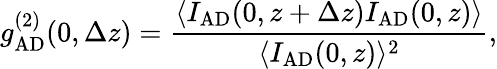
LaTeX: g_{\mathrm{AD}}^{(2)}(0,\Delta z)=\frac{{\langle}I_{\mathrm{AD}}(0,z+\Delta z)I_{\mathrm{AD}}(0,z){\rangle}}{{\langle}I_{\mathrm{AD}}(0,z){\rangle}^{2}},